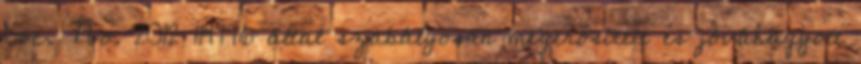
Doc. No. 2012 114776 által szabályosan megerősített és jóváhagyott